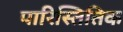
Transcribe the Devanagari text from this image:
पारिस्तितिक